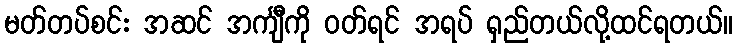
မတ်တပ်စင်း အဆင် အင်္ကျီကို ဝတ်ရင် အရပ် ရှည်တယ်လို့ထင်ရတယ်။